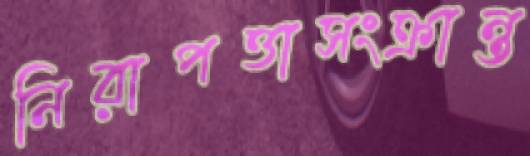
নিরাপত্তাসংক্রান্ত